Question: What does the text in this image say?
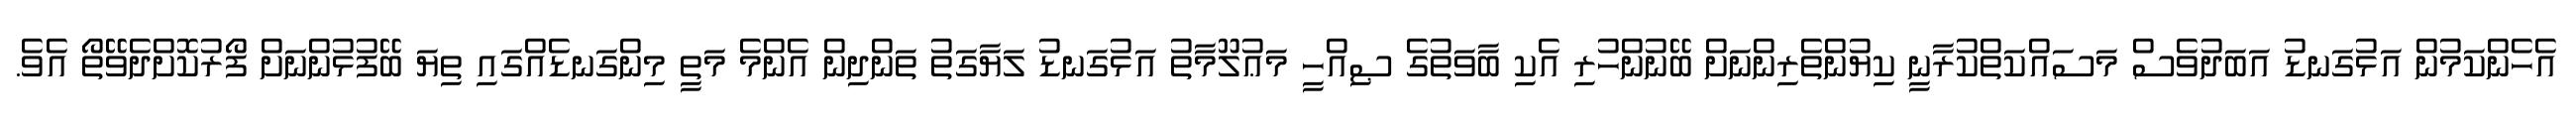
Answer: އެހެންކަމުން އަޅުގަނޑު އަބަދުވެސް މަސައްކަތްކުރާނީ ކިޔުންތެރިންނަށް ބޭނުންހުރި އެކި ބާވަތުގެ ޞިއްހީ މަޢުލޫމާތު އަޅުގަނޑު ލަޔާގަތު ތަންދިން އެންމެ މަތީ މިންގަނޑެއްގައި ތިޔަ ބޭފުޅުންނަށް ފޯރުކޮށްދެވޭތޯ އެވެ.